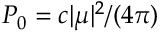
P _ { 0 } = c | \mu | ^ { 2 } / ( 4 \pi )